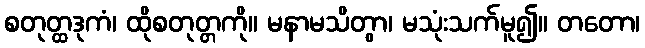
စတုတ္ထဒုကံ၊ ထိုစတုတ္တကို။ မနာမသိတွာ၊ မသုံးသက်မူ၍။ တတော၊